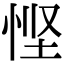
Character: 悭